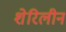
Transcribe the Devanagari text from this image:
शेरिलीन